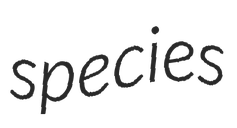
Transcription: species